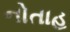
નોતાહ